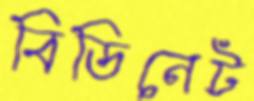
বিডিনেট